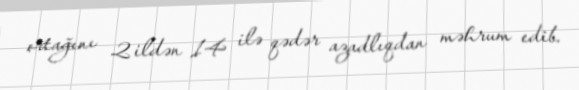
ortağını 2 ildən 14 ilə qədər azadlıqdan məhrum edib.